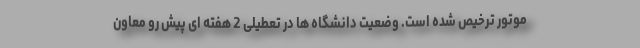
موتور ترخیص شده است. وضعیت دانشگاه ها در تعطیلی 2 هفته ای پیش رو معاون